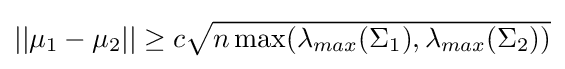
\textstyle ||\mu _{1}-\mu _{2}||\geq c{\sqrt {n\max(\lambda _{max}(\Sigma _{1}),\lambda _{max}(\Sigma _{2}))}}